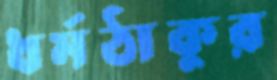
ধর্মঠাকুর